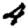
Digit: 4